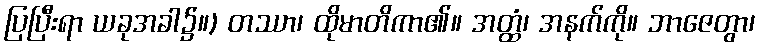
ပြပြီးရာ ယခုအခါ၌။) တဿာ၊ ထိုမာတိကာ၏။ အတ္ထံ၊ အနက်ကို။ ဘာဇေတွာ၊